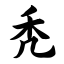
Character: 秃